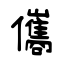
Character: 儶